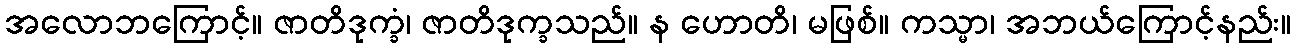
အလောဘကြောင့်။ ဇာတိဒုက္ခံ၊ ဇာတိဒုက္ခသည်။ န ဟောတိ၊ မဖြစ်။ ကသ္မာ၊ အဘယ်ကြောင့်နည်း။